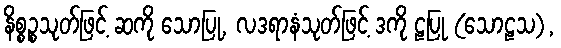
နိစ္စဉ္စသုတ်ဖြင့် ဆကို သောပြု, လဒရာနံသုတ်ဖြင့် ဒကို ဠပြု (သောဠသ),